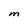
Character: M